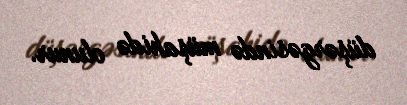
düşərgəsində müşahidə olunur.